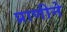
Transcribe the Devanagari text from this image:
प्राणीने